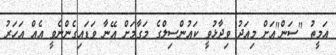
އަމީތު "ސަން"އަށް މިއަދު ވިދާޅުވީ ކައުންސިލްގެ މަގާމަށް އޭނާ ވަޑައިގެންނެވީ އެއް އަހަރު